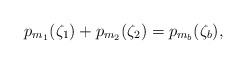
\begin{align*}p_{m_1}(\zeta_1) + p_{m_2}(\zeta_2) = p_{m_b}(\zeta_b),\end{align*}